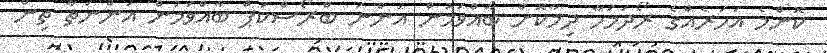
ކޮންމެ އަހަރެއްގެ ރޯދަމަހާ ދިމާކޮށް ބާއްވަމުން އަންނަ ބްރޯސްކަޕް ބާއްވަމުން އަންނަތާ ތިން